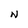
Character: N